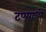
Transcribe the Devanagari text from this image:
टप्प्याध्ये